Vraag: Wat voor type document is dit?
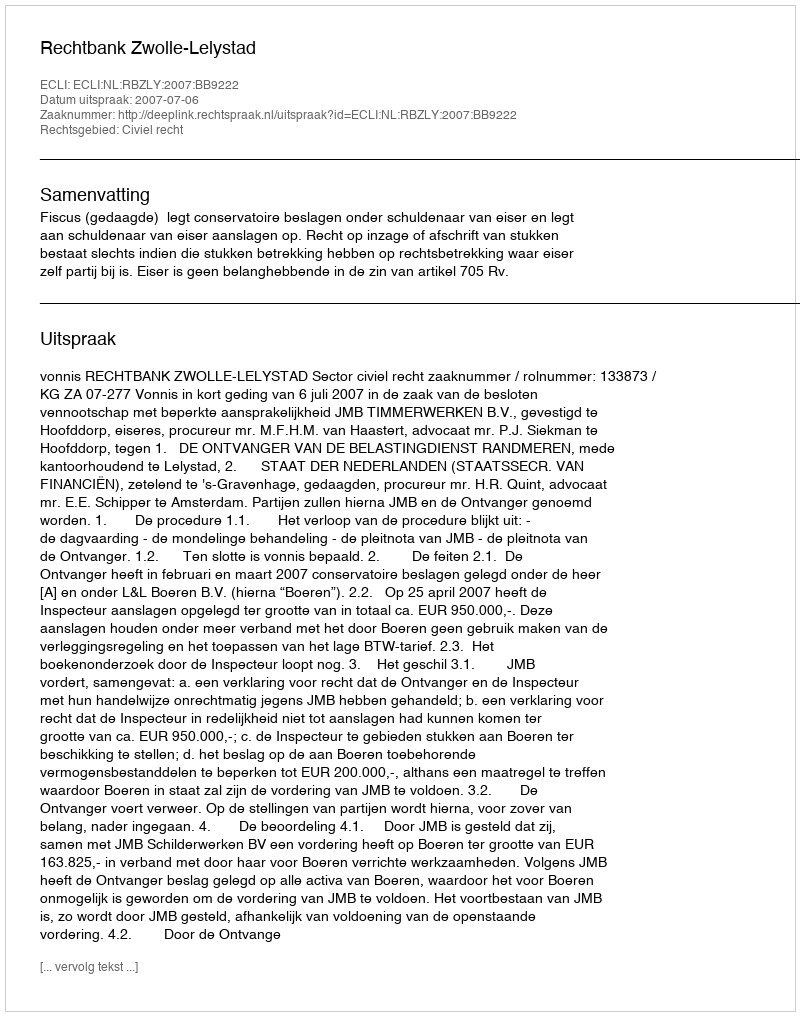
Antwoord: Uitspraak